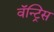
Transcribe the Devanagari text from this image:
वॅन्ट्रिस